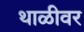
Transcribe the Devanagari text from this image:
थाळीवर